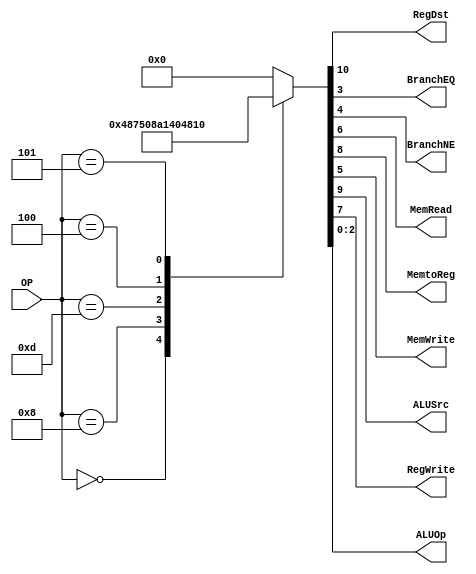
/******************************************************************
* Description
*	This is control unit for the MIPS processor. The control unit is 
*	in charge of generation of the control signals. Its only input 
*	corresponds to opcode from the instruction.
*	1.0
* Author:
*	Dr. Jos Luis Pizano Escalante
* email:
*	luispizano@iteso.mx
* Date:
*	01/03/2014
******************************************************************/
module Control
(
	input [5:0]OP,
	
	output RegDst,
	output BranchEQ,
	output BranchNE,
	output MemRead,
	output MemtoReg,
	output MemWrite,
	output ALUSrc,
	output RegWrite,
	output [2:0]ALUOp
);
localparam R_Type = 0;
localparam I_Type_ADDI = 6'h8;
localparam I_Type_ORI = 6'h0d;
localparam BEQ = 6'h4;
localparam BNE = 6'h5;
reg [10:0] ControlValues;

always@(OP) begin
	casex(OP)
		R_Type:       ControlValues= 11'b1_001_00_00_111;
		I_Type_ADDI:  ControlValues= 11'b0_101_00_00_100;
		I_Type_ORI:   ControlValues= 11'b0_101_00_00_101;
		BEQ:  		  ControlValues= 11'b0_000_00_01_001;
		BNE:  		  ControlValues= 11'b0_000_00_10_001;
		default:
			ControlValues= 10'b0000000000;
		endcase
end	
	
assign RegDst = ControlValues[10];
assign ALUSrc = ControlValues[9];
assign MemtoReg = ControlValues[8];
assign RegWrite = ControlValues[7];
assign MemRead = ControlValues[6];
assign MemWrite = ControlValues[5];
assign BranchNE = ControlValues[4];
assign BranchEQ = ControlValues[3];
assign ALUOp = ControlValues[2:0];
	

endmodule